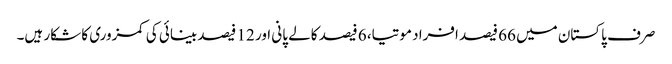
صرف پاکستان میں 66 فیصد افراد موتیا، 6 فیصد کالے پانی اور 12 فیصد بینائی کی کمزوری کا شکار ہیں۔